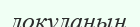
локуланың